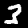
Label: 3